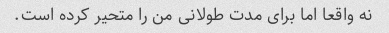
نه واقعا اما برای مدت طولانی من را متحیر کرده است.